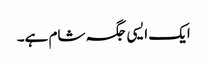
ایک ایسی جگہ شام ہے۔